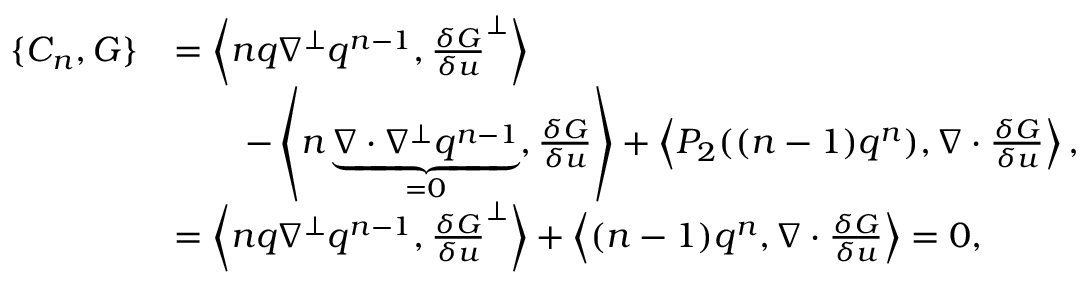
\begin{array} { r l } { \{ C _ { n } , G \} } & { = \left\langle n q \nabla ^ { \perp } q ^ { n - 1 } , \frac { \delta G } { \delta u } ^ { \perp } \right\rangle } \\ & { \qquad - \left\langle n \underbrace { \nabla \cdot \nabla ^ { \perp } q ^ { n - 1 } } _ { = 0 } , \frac { \delta G } { \delta u } \right\rangle + \left\langle P _ { 2 } ( ( n - 1 ) q ^ { n } ) , \nabla \cdot \frac { \delta G } { \delta u } \right\rangle , } \\ & { = \left\langle n q \nabla ^ { \perp } q ^ { n - 1 } , \frac { \delta G } { \delta u } ^ { \perp } \right\rangle + \left\langle ( n - 1 ) q ^ { n } , \nabla \cdot \frac { \delta G } { \delta u } \right\rangle = 0 , } \end{array}